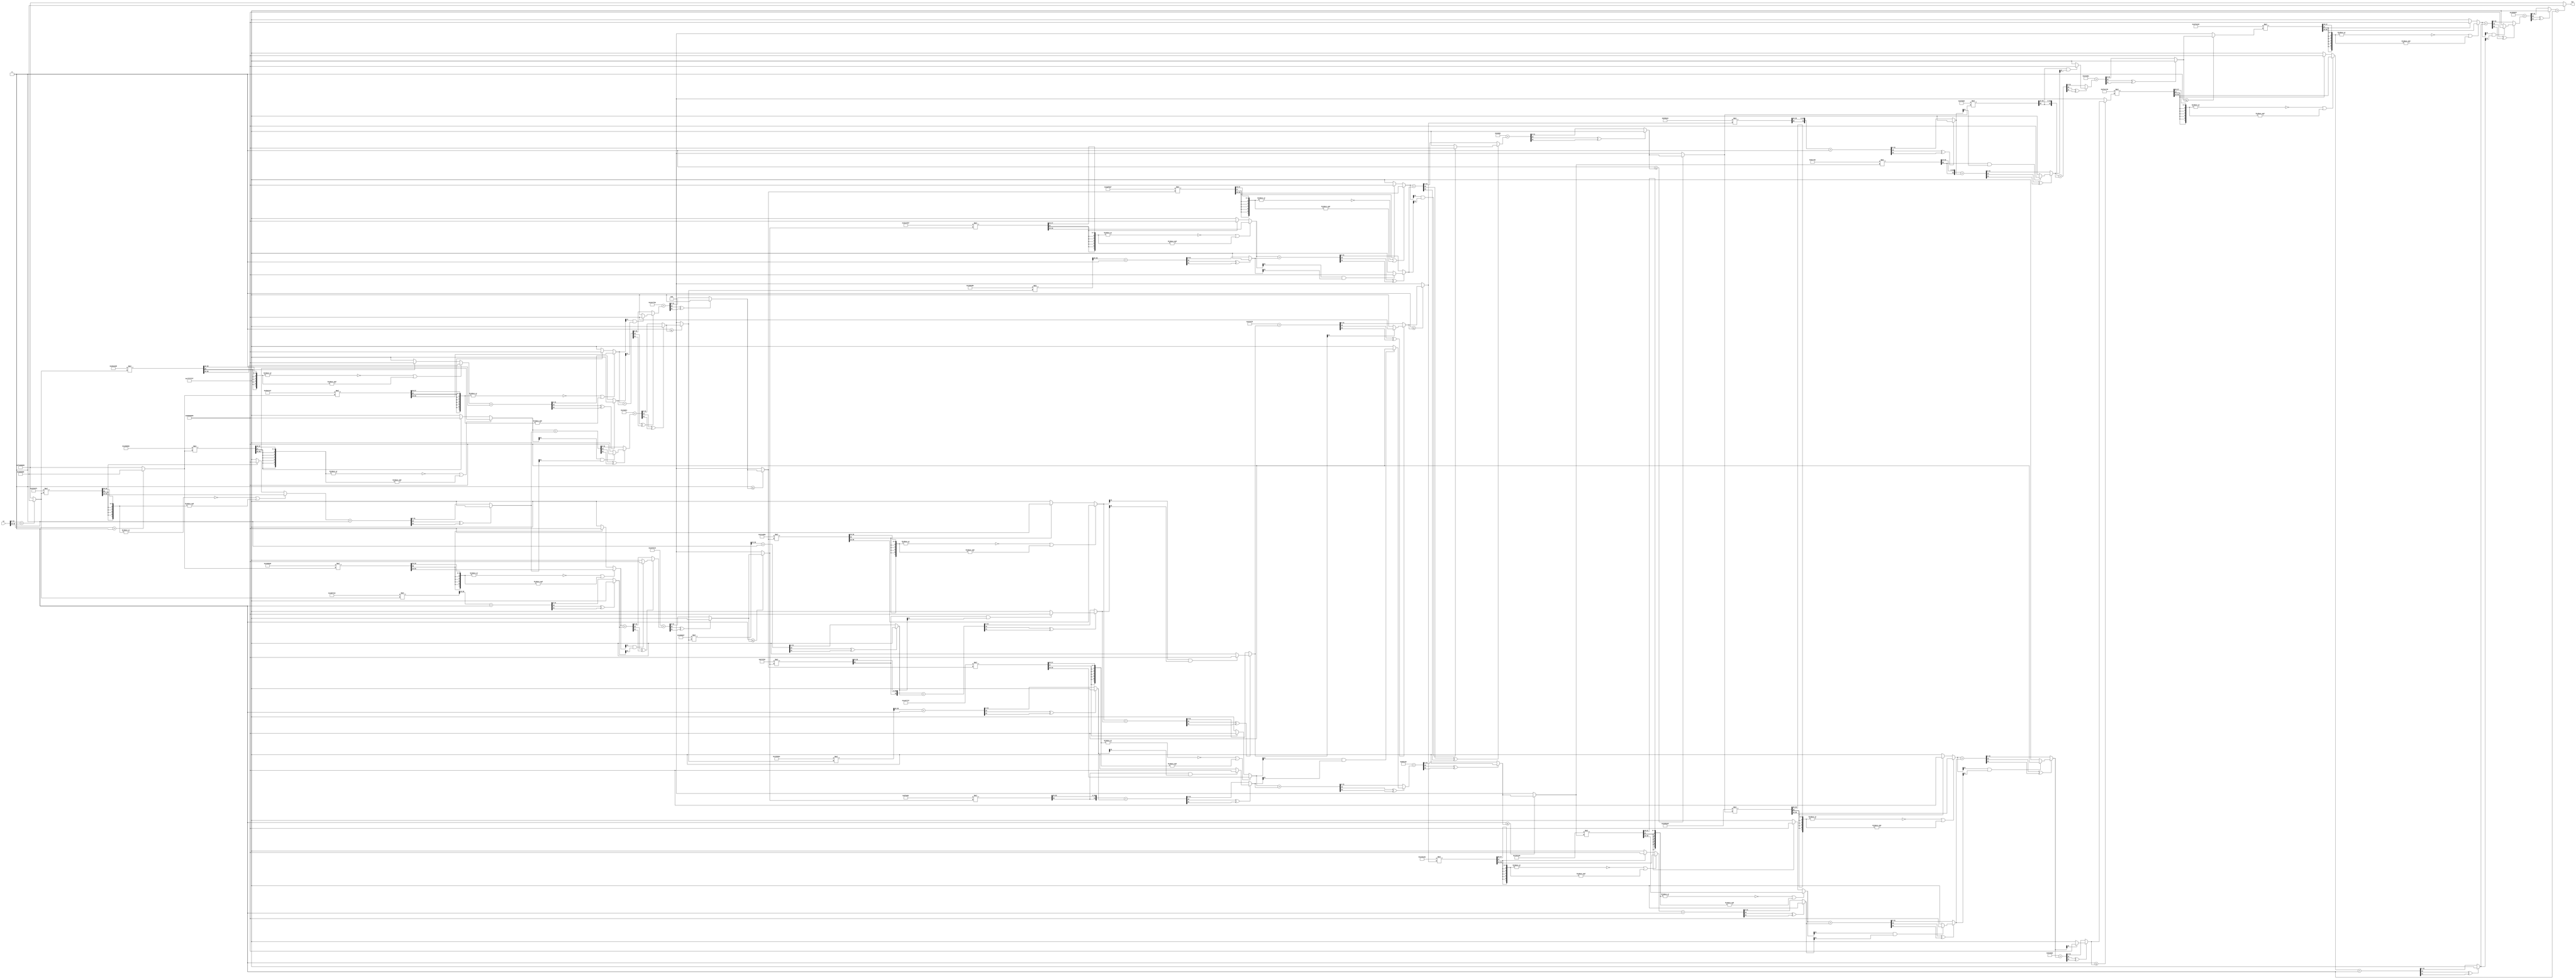
/* AUTOMATICALLY GENERATED VERILOG-2001 SOURCE CODE.
** GENERATED BY CLASH 1.2.4. DO NOT MODIFY.
*/
`timescale 100fs/100fs
module runNetwork
    ( // Inputs
      input [63:0] in


      // Outputs
    , output wire [31:0] out
    );
  wire [63:0] c$elA0_app_arg;
  wire [95:0] c$app_arg;
  wire [95:0] c$app_arg_0;
  wire [95:0] result;
  wire [95:0] c$app_arg_1;
  wire [95:0] c$app_arg_2;
  wire [95:0] result_0;
  wire [63:0] c$app_arg_3;
  wire [63:0] c$app_arg_4;
  wire [63:0] result_1;
  wire [31:0] result_2;
  wire signed [31:0] result_3;
  wire signed [31:0] c$case_alt;
  wire [31:0] \r' ;
  wire [32:0] \c$r'_app_arg ;
  wire signed [32:0] r;
  wire [63:0] c$app_arg_5;
  wire signed [31:0] result_4;
  wire signed [31:0] c$app_arg_6;
  wire [95:0] c$vec1;
  wire [191:0] c$vec;
  wire [95:0] c$vec1_0;
  wire [287:0] c$vec_0;
  wire [63:0] c$vec1_1;
  wire [191:0] c$vec_1;
  wire [31:0] c$bv_14;
  wire [32:0] \c$r'_projection ;
  wire [63:0] c$vec1_2;

  // map begin
  genvar i;
  generate
  for (i=0; i < 2; i = i + 1) begin : map
    wire signed [31:0] map_in;
    assign map_in = in[i*32+:32];
    wire signed [31:0] map_out;
    assign map_out = (map_in > 32'sd0) ? 32'sd33554432 : -32'sd33554432;


    assign c$elA0_app_arg[i*32+:32] = map_out;
  end
  endgenerate
  // map end

  assign c$vec1 = {32'sd19822346
                  ,32'sd26707737
                  ,32'sd12824001};

  // zipWith start
  genvar i_0;
  generate
  for (i_0 = 0; i_0 < 3; i_0 = i_0 + 1) begin : zipWith
    wire signed [31:0] zipWith_in1;
    assign zipWith_in1 = c$vec1[i_0*32+:32];
    wire signed [31:0] zipWith_in2;
    assign zipWith_in2 = c$app_arg_0[i_0*32+:32];
    wire signed [31:0] c$n;
    wire signed [31:0] c$case_alt_0;
    wire [31:0] \c$r'_0 ;
    wire [32:0] \c$r'_app_arg_0 ;
    wire signed [32:0] r_0;
    wire [31:0] c$bv;
    wire [31:0] c$bv_0;
    wire [32:0] \c$r'_0_projection ;
    assign c$n = ((( \c$r'_app_arg_0 [33-1] ) ^ ( \c$r'_0 [32-1] )) == 1'b0) ? ($signed(\c$r'_0 )) : c$case_alt_0;

    assign c$bv = ($unsigned(zipWith_in1));

    assign c$bv_0 = ($unsigned(zipWith_in2));

    assign c$case_alt_0 = ((( c$bv[32-1] ) & ( c$bv_0[32-1] )) == 1'b0) ? 32'sd2147483647 : -32'sd2147483648;

    assign \c$r'_0_projection  = \c$r'_app_arg_0 ;

    assign \c$r'_0  = \c$r'_0_projection [31:0];

    assign \c$r'_app_arg_0  = $unsigned(r_0);

    assign r_0 = zipWith_in1 + zipWith_in2;


    assign c$app_arg[i_0*32+:32] = c$n;
  end
  endgenerate
  // zipWith end

  assign c$vec = {{-32'sd24459838,32'sd42607320}
                 ,{32'sd38657718,-32'sd10749979}
                 ,{32'sd30660939,32'sd35820785}};

  // map begin
  genvar i_3;
  generate
  for (i_3=0; i_3 < 3; i_3 = i_3 + 1) begin : map_0
    wire [63:0] map_in_0;
    assign map_in_0 = c$vec[i_3*64+:64];
    wire signed [31:0] map_out_0;
    wire [63:0] c$app_arg_7;
    // zipWith start
    genvar i_1;

    for (i_1 = 0; i_1 < 2; i_1 = i_1 + 1) begin : zipWith_0
      wire signed [31:0] zipWith_in1_0;
      assign zipWith_in1_0 = map_in_0[i_1*32+:32];
      wire signed [31:0] zipWith_in2_0;
      assign zipWith_in2_0 = c$elA0_app_arg[i_1*32+:32];
      wire signed [31:0] c$n_0;
      wire signed [31:0] c$case_alt_1;
    wire [7:0] x;
    wire [6:0] rL;
    wire [56:0] rR;
    wire [63:0] ds3;
    wire signed [63:0] c$ds3_app_arg;
    wire [56:0] c$bv_1;
    assign c$bv_1 = (rR >> (64'sd25));

    assign c$n_0 = (((~ (| (x))) | (& (x))) == 1'b1) ? ($signed((c$bv_1[0+:32]))) : c$case_alt_1;

    assign c$case_alt_1 = (( rL[7-1] ) == 1'b0) ? 32'sd2147483647 : -32'sd2147483648;

    assign x = {(( rR[57-1] )),rL};

    assign rL = ds3[63:57];

    assign rR = ds3[56:0];

    assign ds3 = ($unsigned(c$ds3_app_arg));

    assign c$ds3_app_arg = zipWith_in1_0 * zipWith_in2_0;


      assign c$app_arg_7[i_1*32+:32] = c$n_0;
    end

    // zipWith end

    // foldr start
    wire signed [31:0] intermediate [0:2];
    assign intermediate[2] = 32'sd0;

    genvar i_2;

    for (i_2=0; i_2 < 2; i_2=i_2+1) begin : foldr
      wire signed [31:0] foldr_in1;
      assign foldr_in1 = c$app_arg_7[(2-1-i_2)*32+:32];
      wire signed [31:0] foldr_in2;
      wire signed [31:0] foldr_out;

      assign foldr_in2 = intermediate[i_2+1];
      wire signed [31:0] c$case_alt_2;
    wire [31:0] \c$r'_1 ;
    wire [32:0] \c$r'_app_arg_1 ;
    wire signed [32:0] r_1;
    wire [31:0] c$bv_2;
    wire [31:0] c$bv_3;
    wire [32:0] \c$r'_1_projection ;
    assign foldr_out = ((( \c$r'_app_arg_1 [33-1] ) ^ ( \c$r'_1 [32-1] )) == 1'b0) ? ($signed(\c$r'_1 )) : c$case_alt_2;

    assign c$bv_2 = ($unsigned(foldr_in1));

    assign c$bv_3 = ($unsigned(foldr_in2));

    assign c$case_alt_2 = ((( c$bv_2[32-1] ) & ( c$bv_3[32-1] )) == 1'b0) ? 32'sd2147483647 : -32'sd2147483648;

    assign \c$r'_1_projection  = \c$r'_app_arg_1 ;

    assign \c$r'_1  = \c$r'_1_projection [31:0];

    assign \c$r'_app_arg_1  = $unsigned(r_1);

    assign r_1 = foldr_in1 + foldr_in2;


      assign intermediate[i_2] = foldr_out;
    end


    assign map_out_0 = intermediate[0];
    // foldr end


    assign c$app_arg_0[i_3*32+:32] = map_out_0;
  end
  endgenerate
  // map end

  // map begin
  genvar i_4;
  generate
  for (i_4=0; i_4 < 3; i_4 = i_4 + 1) begin : map_1
    wire signed [31:0] map_in_1;
    assign map_in_1 = c$app_arg[i_4*32+:32];
    wire signed [31:0] map_out_1;
    assign map_out_1 = (32'sd0 <= map_in_1) ? map_in_1 : 32'sd0;


    assign result[i_4*32+:32] = map_out_1;
  end
  endgenerate
  // map end

  assign c$vec1_0 = {32'sd961838
                    ,32'sd10297670
                    ,-32'sd3263368};

  // zipWith start
  genvar i_5;
  generate
  for (i_5 = 0; i_5 < 3; i_5 = i_5 + 1) begin : zipWith_1
    wire signed [31:0] zipWith_in1_1;
    assign zipWith_in1_1 = c$vec1_0[i_5*32+:32];
    wire signed [31:0] zipWith_in2_1;
    assign zipWith_in2_1 = c$app_arg_2[i_5*32+:32];
    wire signed [31:0] c$n_1;
    wire signed [31:0] c$case_alt_3;
    wire [31:0] \c$r'_2 ;
    wire [32:0] \c$r'_app_arg_2 ;
    wire signed [32:0] r_2;
    wire [31:0] c$bv_4;
    wire [31:0] c$bv_5;
    wire [32:0] \c$r'_2_projection ;
    assign c$n_1 = ((( \c$r'_app_arg_2 [33-1] ) ^ ( \c$r'_2 [32-1] )) == 1'b0) ? ($signed(\c$r'_2 )) : c$case_alt_3;

    assign c$bv_4 = ($unsigned(zipWith_in1_1));

    assign c$bv_5 = ($unsigned(zipWith_in2_1));

    assign c$case_alt_3 = ((( c$bv_4[32-1] ) & ( c$bv_5[32-1] )) == 1'b0) ? 32'sd2147483647 : -32'sd2147483648;

    assign \c$r'_2_projection  = \c$r'_app_arg_2 ;

    assign \c$r'_2  = \c$r'_2_projection [31:0];

    assign \c$r'_app_arg_2  = $unsigned(r_2);

    assign r_2 = zipWith_in1_1 + zipWith_in2_1;


    assign c$app_arg_1[i_5*32+:32] = c$n_1;
  end
  endgenerate
  // zipWith end

  assign c$vec_0 = {{-32'sd22481489
                    ,32'sd29249391
                    ,-32'sd11533093}
                   ,{32'sd32208695,-32'sd6314367,-32'sd13401076}
                   ,{32'sd34711918,-32'sd4769863,-32'sd9895881}};

  // map begin
  genvar i_8;
  generate
  for (i_8=0; i_8 < 3; i_8 = i_8 + 1) begin : map_2
    wire [95:0] map_in_2;
    assign map_in_2 = c$vec_0[i_8*96+:96];
    wire signed [31:0] map_out_2;
    wire [95:0] c$app_arg_8;
    // zipWith start
    genvar i_6;

    for (i_6 = 0; i_6 < 3; i_6 = i_6 + 1) begin : zipWith_2
      wire signed [31:0] zipWith_in1_2;
      assign zipWith_in1_2 = map_in_2[i_6*32+:32];
      wire signed [31:0] zipWith_in2_2;
      assign zipWith_in2_2 = result[i_6*32+:32];
      wire signed [31:0] c$n_2;
      wire signed [31:0] c$case_alt_4;
    wire [7:0] x_0;
    wire [6:0] rL_0;
    wire [56:0] rR_0;
    wire [63:0] ds3_0;
    wire signed [63:0] c$ds3_app_arg_0;
    wire [56:0] c$bv_6;
    assign c$bv_6 = (rR_0 >> (64'sd25));

    assign c$n_2 = (((~ (| (x_0))) | (& (x_0))) == 1'b1) ? ($signed((c$bv_6[0+:32]))) : c$case_alt_4;

    assign c$case_alt_4 = (( rL_0[7-1] ) == 1'b0) ? 32'sd2147483647 : -32'sd2147483648;

    assign x_0 = {(( rR_0[57-1] )),rL_0};

    assign rL_0 = ds3_0[63:57];

    assign rR_0 = ds3_0[56:0];

    assign ds3_0 = ($unsigned(c$ds3_app_arg_0));

    assign c$ds3_app_arg_0 = zipWith_in1_2 * zipWith_in2_2;


      assign c$app_arg_8[i_6*32+:32] = c$n_2;
    end

    // zipWith end

    // foldr start
    wire signed [31:0] intermediate_0 [0:3];
    assign intermediate_0[3] = 32'sd0;

    genvar i_7;

    for (i_7=0; i_7 < 3; i_7=i_7+1) begin : foldr_0
      wire signed [31:0] foldr_in1_0;
      assign foldr_in1_0 = c$app_arg_8[(3-1-i_7)*32+:32];
      wire signed [31:0] foldr_in2_0;
      wire signed [31:0] foldr_out_0;

      assign foldr_in2_0 = intermediate_0[i_7+1];
      wire signed [31:0] c$case_alt_5;
    wire [31:0] \c$r'_3 ;
    wire [32:0] \c$r'_app_arg_3 ;
    wire signed [32:0] r_3;
    wire [31:0] c$bv_7;
    wire [31:0] c$bv_8;
    wire [32:0] \c$r'_3_projection ;
    assign foldr_out_0 = ((( \c$r'_app_arg_3 [33-1] ) ^ ( \c$r'_3 [32-1] )) == 1'b0) ? ($signed(\c$r'_3 )) : c$case_alt_5;

    assign c$bv_7 = ($unsigned(foldr_in1_0));

    assign c$bv_8 = ($unsigned(foldr_in2_0));

    assign c$case_alt_5 = ((( c$bv_7[32-1] ) & ( c$bv_8[32-1] )) == 1'b0) ? 32'sd2147483647 : -32'sd2147483648;

    assign \c$r'_3_projection  = \c$r'_app_arg_3 ;

    assign \c$r'_3  = \c$r'_3_projection [31:0];

    assign \c$r'_app_arg_3  = $unsigned(r_3);

    assign r_3 = foldr_in1_0 + foldr_in2_0;


      assign intermediate_0[i_7] = foldr_out_0;
    end


    assign map_out_2 = intermediate_0[0];
    // foldr end


    assign c$app_arg_2[i_8*32+:32] = map_out_2;
  end
  endgenerate
  // map end

  // map begin
  genvar i_9;
  generate
  for (i_9=0; i_9 < 3; i_9 = i_9 + 1) begin : map_3
    wire signed [31:0] map_in_3;
    assign map_in_3 = c$app_arg_1[i_9*32+:32];
    wire signed [31:0] map_out_3;
    assign map_out_3 = (32'sd0 <= map_in_3) ? map_in_3 : 32'sd0;


    assign result_0[i_9*32+:32] = map_out_3;
  end
  endgenerate
  // map end

  assign c$vec1_1 = {32'sd14882897,-32'sd3076631};

  // zipWith start
  genvar i_10;
  generate
  for (i_10 = 0; i_10 < 2; i_10 = i_10 + 1) begin : zipWith_3
    wire signed [31:0] zipWith_in1_3;
    assign zipWith_in1_3 = c$vec1_1[i_10*32+:32];
    wire signed [31:0] zipWith_in2_3;
    assign zipWith_in2_3 = c$app_arg_4[i_10*32+:32];
    wire signed [31:0] c$n_3;
    wire signed [31:0] c$case_alt_6;
    wire [31:0] \c$r'_4 ;
    wire [32:0] \c$r'_app_arg_4 ;
    wire signed [32:0] r_4;
    wire [31:0] c$bv_9;
    wire [31:0] c$bv_10;
    wire [32:0] \c$r'_4_projection ;
    assign c$n_3 = ((( \c$r'_app_arg_4 [33-1] ) ^ ( \c$r'_4 [32-1] )) == 1'b0) ? ($signed(\c$r'_4 )) : c$case_alt_6;

    assign c$bv_9 = ($unsigned(zipWith_in1_3));

    assign c$bv_10 = ($unsigned(zipWith_in2_3));

    assign c$case_alt_6 = ((( c$bv_9[32-1] ) & ( c$bv_10[32-1] )) == 1'b0) ? 32'sd2147483647 : -32'sd2147483648;

    assign \c$r'_4_projection  = \c$r'_app_arg_4 ;

    assign \c$r'_4  = \c$r'_4_projection [31:0];

    assign \c$r'_app_arg_4  = $unsigned(r_4);

    assign r_4 = zipWith_in1_3 + zipWith_in2_3;


    assign c$app_arg_3[i_10*32+:32] = c$n_3;
  end
  endgenerate
  // zipWith end

  assign c$vec_1 = {{-32'sd7895803
                    ,32'sd7260113
                    ,-32'sd8156621}
                   ,{32'sd61192872,32'sd33290805,32'sd21183706}};

  // map begin
  genvar i_13;
  generate
  for (i_13=0; i_13 < 2; i_13 = i_13 + 1) begin : map_4
    wire [95:0] map_in_4;
    assign map_in_4 = c$vec_1[i_13*96+:96];
    wire signed [31:0] map_out_4;
    wire [95:0] c$app_arg_9;
    // zipWith start
    genvar i_11;

    for (i_11 = 0; i_11 < 3; i_11 = i_11 + 1) begin : zipWith_4
      wire signed [31:0] zipWith_in1_4;
      assign zipWith_in1_4 = map_in_4[i_11*32+:32];
      wire signed [31:0] zipWith_in2_4;
      assign zipWith_in2_4 = result_0[i_11*32+:32];
      wire signed [31:0] c$n_4;
      wire signed [31:0] c$case_alt_7;
    wire [7:0] x_1;
    wire [6:0] rL_1;
    wire [56:0] rR_1;
    wire [63:0] ds3_1;
    wire signed [63:0] c$ds3_app_arg_1;
    wire [56:0] c$bv_11;
    assign c$bv_11 = (rR_1 >> (64'sd25));

    assign c$n_4 = (((~ (| (x_1))) | (& (x_1))) == 1'b1) ? ($signed((c$bv_11[0+:32]))) : c$case_alt_7;

    assign c$case_alt_7 = (( rL_1[7-1] ) == 1'b0) ? 32'sd2147483647 : -32'sd2147483648;

    assign x_1 = {(( rR_1[57-1] )),rL_1};

    assign rL_1 = ds3_1[63:57];

    assign rR_1 = ds3_1[56:0];

    assign ds3_1 = ($unsigned(c$ds3_app_arg_1));

    assign c$ds3_app_arg_1 = zipWith_in1_4 * zipWith_in2_4;


      assign c$app_arg_9[i_11*32+:32] = c$n_4;
    end

    // zipWith end

    // foldr start
    wire signed [31:0] intermediate_1 [0:3];
    assign intermediate_1[3] = 32'sd0;

    genvar i_12;

    for (i_12=0; i_12 < 3; i_12=i_12+1) begin : foldr_1
      wire signed [31:0] foldr_in1_1;
      assign foldr_in1_1 = c$app_arg_9[(3-1-i_12)*32+:32];
      wire signed [31:0] foldr_in2_1;
      wire signed [31:0] foldr_out_1;

      assign foldr_in2_1 = intermediate_1[i_12+1];
      wire signed [31:0] c$case_alt_8;
    wire [31:0] \c$r'_5 ;
    wire [32:0] \c$r'_app_arg_5 ;
    wire signed [32:0] r_5;
    wire [31:0] c$bv_12;
    wire [31:0] c$bv_13;
    wire [32:0] \c$r'_5_projection ;
    assign foldr_out_1 = ((( \c$r'_app_arg_5 [33-1] ) ^ ( \c$r'_5 [32-1] )) == 1'b0) ? ($signed(\c$r'_5 )) : c$case_alt_8;

    assign c$bv_12 = ($unsigned(foldr_in1_1));

    assign c$bv_13 = ($unsigned(foldr_in2_1));

    assign c$case_alt_8 = ((( c$bv_12[32-1] ) & ( c$bv_13[32-1] )) == 1'b0) ? 32'sd2147483647 : -32'sd2147483648;

    assign \c$r'_5_projection  = \c$r'_app_arg_5 ;

    assign \c$r'_5  = \c$r'_5_projection [31:0];

    assign \c$r'_app_arg_5  = $unsigned(r_5);

    assign r_5 = foldr_in1_1 + foldr_in2_1;


      assign intermediate_1[i_12] = foldr_out_1;
    end


    assign map_out_4 = intermediate_1[0];
    // foldr end


    assign c$app_arg_4[i_13*32+:32] = map_out_4;
  end
  endgenerate
  // map end

  // map begin
  genvar i_14;
  generate
  for (i_14=0; i_14 < 2; i_14 = i_14 + 1) begin : map_5
    wire signed [31:0] map_in_5;
    assign map_in_5 = c$app_arg_3[i_14*32+:32];
    wire signed [31:0] map_out_5;
    assign map_out_5 = (32'sd0 <= map_in_5) ? map_in_5 : 32'sd0;


    assign result_1[i_14*32+:32] = map_out_5;
  end
  endgenerate
  // map end

  assign result_2 = result_3;

  assign result_3 = ((( \c$r'_app_arg [33-1] ) ^ ( \r' [32-1] )) == 1'b0) ? ($signed(\r' )) : c$case_alt;

  assign c$bv_14 = ($unsigned(result_4));

  assign c$case_alt = ((1'b0 & ( c$bv_14[32-1] )) == 1'b0) ? 32'sd2147483647 : -32'sd2147483648;

  assign \c$r'_projection  = \c$r'_app_arg ;

  assign \r'  = \c$r'_projection [31:0];

  assign \c$r'_app_arg  = $unsigned(r);

  assign r = 32'sd25943543 + result_4;

  assign c$vec1_2 = {32'sd23568973
                    ,-32'sd17111243};

  // zipWith start
  genvar i_15;
  generate
  for (i_15 = 0; i_15 < 2; i_15 = i_15 + 1) begin : zipWith_5
    wire signed [31:0] zipWith_in1_5;
    assign zipWith_in1_5 = c$vec1_2[i_15*32+:32];
    wire signed [31:0] zipWith_in2_5;
    assign zipWith_in2_5 = result_1[i_15*32+:32];
    wire signed [31:0] c$n_5;
    wire signed [31:0] c$case_alt_9;
    wire [7:0] x_2;
    wire [6:0] rL_2;
    wire [56:0] rR_2;
    wire [63:0] ds3_2;
    wire signed [63:0] c$ds3_app_arg_2;
    wire [56:0] c$bv_15;
    assign c$bv_15 = (rR_2 >> (64'sd25));

    assign c$n_5 = (((~ (| (x_2))) | (& (x_2))) == 1'b1) ? ($signed((c$bv_15[0+:32]))) : c$case_alt_9;

    assign c$case_alt_9 = (( rL_2[7-1] ) == 1'b0) ? 32'sd2147483647 : -32'sd2147483648;

    assign x_2 = {(( rR_2[57-1] )),rL_2};

    assign rL_2 = ds3_2[63:57];

    assign rR_2 = ds3_2[56:0];

    assign ds3_2 = ($unsigned(c$ds3_app_arg_2));

    assign c$ds3_app_arg_2 = zipWith_in1_5 * zipWith_in2_5;


    assign c$app_arg_5[i_15*32+:32] = c$n_5;
  end
  endgenerate
  // zipWith end

  // foldr start
  wire signed [31:0] intermediate_2 [0:2];
  assign intermediate_2[2] = 32'sd0;

  genvar i_16;
  generate
  for (i_16=0; i_16 < 2; i_16=i_16+1) begin : foldr_2
    wire signed [31:0] foldr_in1_2;
    assign foldr_in1_2 = c$app_arg_5[(2-1-i_16)*32+:32];
    wire signed [31:0] foldr_in2_2;
    wire signed [31:0] foldr_out_2;

    assign foldr_in2_2 = intermediate_2[i_16+1];
    wire signed [31:0] c$case_alt_10;
    wire [31:0] \c$r'_6 ;
    wire [32:0] \c$r'_app_arg_6 ;
    wire signed [32:0] r_6;
    wire [31:0] c$bv_16;
    wire [31:0] c$bv_17;
    wire [32:0] \c$r'_6_projection ;
    assign foldr_out_2 = ((( \c$r'_app_arg_6 [33-1] ) ^ ( \c$r'_6 [32-1] )) == 1'b0) ? ($signed(\c$r'_6 )) : c$case_alt_10;

    assign c$bv_16 = ($unsigned(foldr_in1_2));

    assign c$bv_17 = ($unsigned(foldr_in2_2));

    assign c$case_alt_10 = ((( c$bv_16[32-1] ) & ( c$bv_17[32-1] )) == 1'b0) ? 32'sd2147483647 : -32'sd2147483648;

    assign \c$r'_6_projection  = \c$r'_app_arg_6 ;

    assign \c$r'_6  = \c$r'_6_projection [31:0];

    assign \c$r'_app_arg_6  = $unsigned(r_6);

    assign r_6 = foldr_in1_2 + foldr_in2_2;


    assign intermediate_2[i_16] = foldr_out_2;
  end
  endgenerate

  assign result_4 = intermediate_2[0];
  // foldr end

  assign c$app_arg_6 = ($signed(result_2[31:0]) > 32'sd0) ? 32'sd33554432 : -32'sd33554432;

  assign out = c$app_arg_6;


endmodule